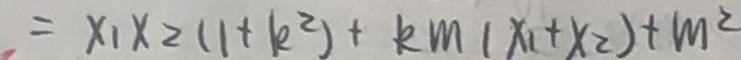
= x _ { 1 } x _ { 2 } ( 1 + k ^ { 2 } ) + k m ( x _ { 1 } + x _ { 2 } ) + m ^ { 2 }